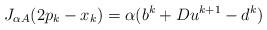
LaTeX: \begin{align*}J_{\alpha A}(2p_k-x_k)=\alpha(b^k+Du^{k+1}-d^k)\end{align*}